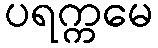
ပရက္ကမေ